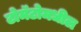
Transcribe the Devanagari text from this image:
टोमॅटोमधील